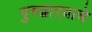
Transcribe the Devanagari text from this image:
गुरुद्वार्‍याचे